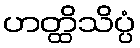
ဟတ္ထိသိပ္ပံ